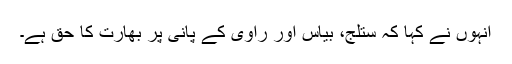
انہوں نے کہا کہ ستلج، بیاس اور راوی کے پانی پر بھارت کا حق ہے۔